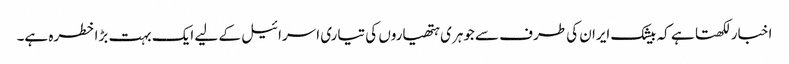
اخبار لکھتا ہے کہ بیشک ایران کی طرف سے جوہری ہتھیاروں کی تیاری اسرائیل کے لیے ایک بہت بڑا خطرہ ہے۔